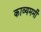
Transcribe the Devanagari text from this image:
काव्यमर्मी